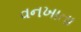
વનખાતા